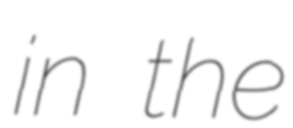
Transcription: in the